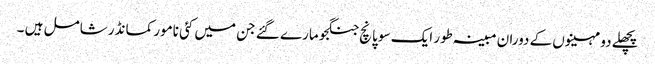
پچھلے دو مہینوں کے دوران مبینہ طور ایک سو پانچ جنگجو مارے گئے جن میں کئی نامور کمانڈر شامل ہیں ۔